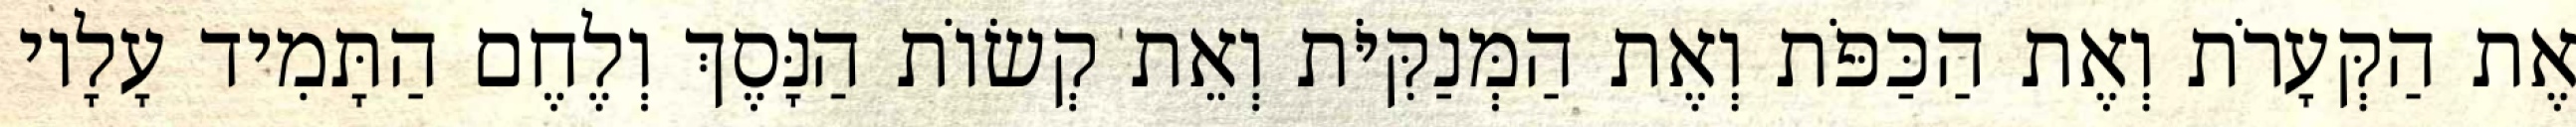
אֶת הַקְּעָרֹת וְאֶת הַכַּפֹּת וְאֶת הַמְּנַקִּיֹּת וְאֵת קְשׂוֹת הַנָּסֶךְ וְלֶחֶם הַתָּמִיד עָלָיו